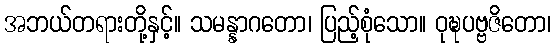
အဘယ်တရားတို့နှင့်။ သမန္နာဂတော၊ ပြည့်စုံသော။ ဝုဍ္ဎပဗ္ဗဇိတော၊